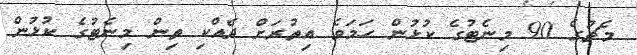
މެޗުގެ 90 މިނެޓުގެ ކުޅުން ހަމަވެ އިތުރަށް ދެއްކި ތިން މިނެޓުގެ ކުޅުން